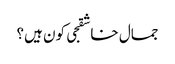
جمال خاشقجی کون ہیں؟